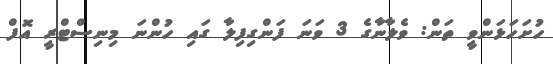
ހުށަހަޅަންވީ ތަން: ވެލާނާގެ 3 ވަނަ ފަންގިފިލާ ގައި ހުންނަ މިނިސްޓްރީ އޮފް